Report on sanitation, dispensaries, and jails in Rajputana for 1912, and on vaccination for the year 1912-1913 - 1912-1913
Year: 1912
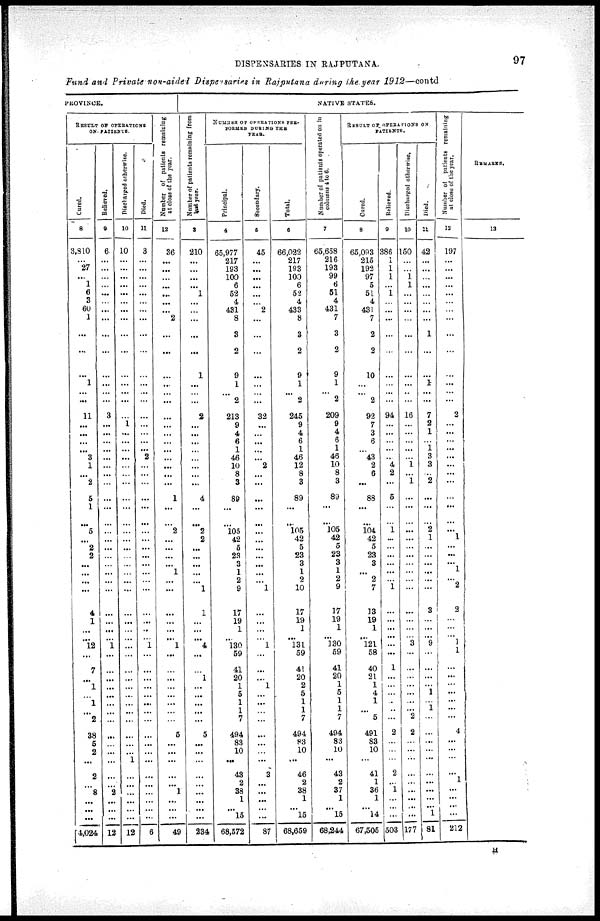
DISPENSARIES IN RAJPUTANA.
97
Fund and Private non-aided Dispensaries in Rajputana during the year 1912—contd
PROVINCE.
RESULT OF OPERATIONS
ON PATIENTS.
Cured.
8
3,810
...
27
...
1
6
3
60
1
...
...
...
1
... ...
11
...
...
...
...
3
1
...
2
5
1
...
5
...
2
2
...
...
...
...
4
1
...
...
12
...
7
...
1
...
1
...
2
38
5
2
...
2
...
8
...
... ...
4,024
Relieved.
9
6
...
...
...
...
...
...
...
...
...
...
...
...
...
...
3
...
...
...
...
...
...
...
...
...
...
...
...
...
...
...
...
...
...
...
...
...
...
...
1
...
...
...
...
...
...
...
...
...
...
...
...
...
...
2
...
... ...
12
Discharged otherwise.
10
10
...
...
...
...
...
...
...
...
...
...
...
...
...
...
...
1
...
...
...
...
...
...
...
...
...
...
...
...
...
...
...
...
...
...
...
...
...
...
...
...
...
...
...
...
...
...
...
...
...
...
1
...
...
...
...
... ...
12
Died.
11
3
...
...
...
...
...
...
...
...
...
...
...
...
...
...
...
...
...
...
...
2
...
...
...
...
...
...
...
...
...
...
...
...
...
...
...
...
...
...
1
...
...
...
...
...
...
...
...
...
...
...
...
...
...
...
...
... ...
6
N umber of patients ramaining
at close of the year.
12
36
...
...
...
...
...
...
...
2
...
...
...
...
... ...
...
...
...
...
...
...
...
...
...
1
...
...
2
...
...
...
...
1
...
...
...
...
...
...
1
...
...
...
...
...
...
...
...
5
...
...
...
...
...
1
...
... ...
49
NATIVE STATES.
N umber of patients remaining from
last year.
3
210
...
...
...
...
1
...
...
...
...
...
1
...
... ...
2
...
...
...
...
...
...
...
...
4
...
...
2
2
...
...
...
...
...
1
1
...
...
...
4
...
...
1
...
...
...
...
...
5
...
...
...
...
...
...
...
... ...
234
NUMBER OF OPERATIONS PER¬
FORMED DURING THE
YEAR.
Principal.
4
65,977
217
193
100
6
52
4
431
8
3
2
9
1
...
2
213
9
4
6
1
46
10
8
3
89
...
...
105
42
5
23
3
1
2
9
17
19
1
...
130
59
41
20
1
5
1
1
7
494
83
10
...
43
2
38
1
...
15
68,572
Secondary.
5
45
...
...
...
...
...
...
2
...
...
...
...
...
... ...
32
...
...
...
...
...
2
...
...
...
...
...
...
...
...
...
...
...
...
1
...
...
...
...
1
...
...
...
1
...
...
...
...
...
...
...
...
3
...
...
...
... ...
87
Total.
6
66,022
217
193
100
6
52
4
433
8
3
2
9
1
...
2
245
9
4
6
1
46
12
8
3
89
...
...
105
42
5
23
3
1
2
10
17
19
1
...
131
59
41
20
2
5
1
1
7
494
83
10
...
46
2
38
1
...
15
68,659
Number of patients operated on in
columns 4 to 6.
7
65,658
216
193
99
6
51
4
431
7
3
2
9
1
...
2
209
9
4
6
1
46
10
8
3
89
...
...
105
42
5
23
3
1
2
9
17
19
1
...
130
59
41
20
1
5
1
1
7
494
83
10
...
43
2
37
1
...
15
68,244
RESULT OF OPERATIONS ON
PATIENTS.
Cured.
8
65,093
215
192
97
5
51
4
431
7
2
2
10
...
...
2
92
7
3
6
...
43
2
6
...
88
...
...
104
42
5
23
3
...
2
7
13
19
1
...
121
58
40
21
1
4
1
...
5
491
83
10
...
41
1
36
1
...
14
67,505
Relieved.
9
386
1
1
1
...
1
...
...
...
...
...
...
...
... ...
94
...
...
...
...
...
4
2
...
5
...
...
1
...
...
...
...
...
...
1
...
...
...
...
...
...
1
...
...
...
...
..
...
2
...
...
...
2
...
1
...
... ...
503
Discharged otherwise.
10
150
...
...
1 1
...
...
...
...
...
...
...
...
...
...
16
...
...
...
...
...
1
...
1
...
...
...
...
...
...
...
...
...
...
...
...
...
...
...
3
...
...
...
...
...
...
...
2
2
...
...
...
...
...
...
...
... ...
177
Died.
11
42
...
...
...
...
...
...
...
...
1
...
...
1
...
...
7
2
1
...
1 3
3
...
2
...
...
...
2
1
...
...
...
...
...
...
3
...
...
...
9
...
...
...
...
1
...
1
...
...
...
...
...
...
...
...
...
...
1
81
Number of patients remaining
at close of the year.
12
197
...
...
...
...
...
...
...
...
...
...
...
...
... ...
2
...
...
...
...
...
...
...
...
...
...
...
...
1
...
...
...
1
...
2
2
...
...
...
1
1
...
...
...
...
...
...
...
4
...
...
...
...
1
...
...
...
...
212
REMARKS.
13